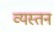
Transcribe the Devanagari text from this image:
व्यस्तन